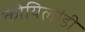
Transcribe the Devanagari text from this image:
कोयिलांडी